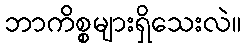
ဘာကိစ္စများရှိသေးလဲ။